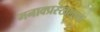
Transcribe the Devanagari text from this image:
मनाक्प्रस्खलन्तः